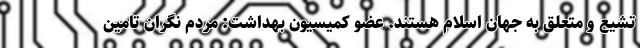
تشیع و متعلق به جهان اسلام هستند. عضو کمیسیون بهداشت: مردم نگران تامین